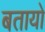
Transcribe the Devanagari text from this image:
बतायो